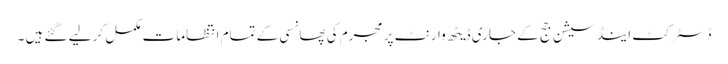
ڈسٹرکٹ اینڈ سیشن جج کے جاری ڈیٹھ وارنٹ پر مجرم کی پھانسی کے تمام انتظامات مکمل کر لیے گئے ہیں ۔